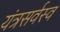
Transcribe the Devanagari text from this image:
यंत्रसर्वस्व